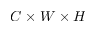
C \times W \times H